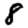
Digit: 8